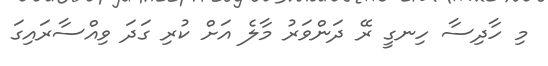
މި ހާދިސާ ހިނގީ ރޭ ދަންވަރު މާލެ އަށް ކުރި ގަދަ ވިއްސާރައިގަ